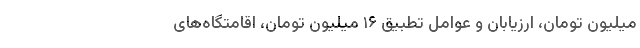
میلیون تومان، ارزیابان و عوامل تطبیق ۱۶ میلیون تومان، اقامتگاه‌های